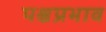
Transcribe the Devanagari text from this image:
पश्चप्रभाव